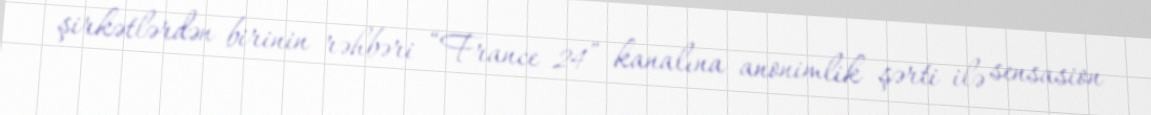
şirkətlərdən birinin rəhbəri “France 24” kanalına anonimlik şərti ilə sensasion